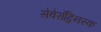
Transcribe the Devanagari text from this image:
सेवेरॉद्विनस्क